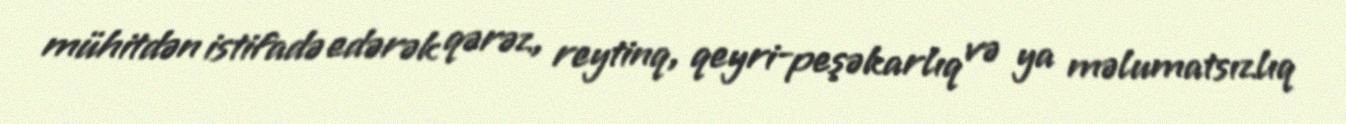
mühitdən istifadə edərək qərəz, reytinq, qeyri-peşəkarlıq və ya məlumatsızlıq